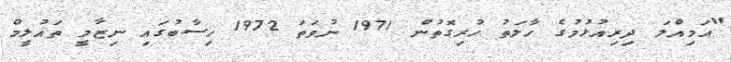
"އަމިއްލަ ދިރިއުޅުމުގެ ހާލަތު ހުރިގޮތުން 1971 ނުވަތަ 1972 ހިސާބުގައި ނިޒާމީ ތައުލީމް